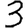
Digit: 3